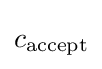
c_{\text{accept}}